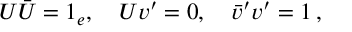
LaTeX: U \bar { U } = 1 _ { e } , \quad U v ^ { \prime } = 0 , \quad \bar { v } ^ { \prime } v ^ { \prime } = 1 \, ,